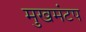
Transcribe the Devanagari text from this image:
मुखमंटप